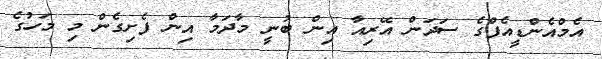
އެމްއެންޑީއެފްގެ ސަދަން އޭރިއާ އިން ބުނީ މާދަމާ އިން ފެށިގެން މި މަހުގެ